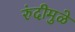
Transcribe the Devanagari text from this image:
रुंदीमुळे